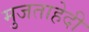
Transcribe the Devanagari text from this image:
मुजताहेदी